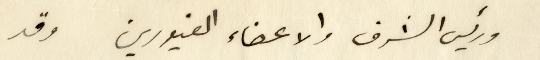
ورئيس الشرف والاعضاء الغيورين وقد